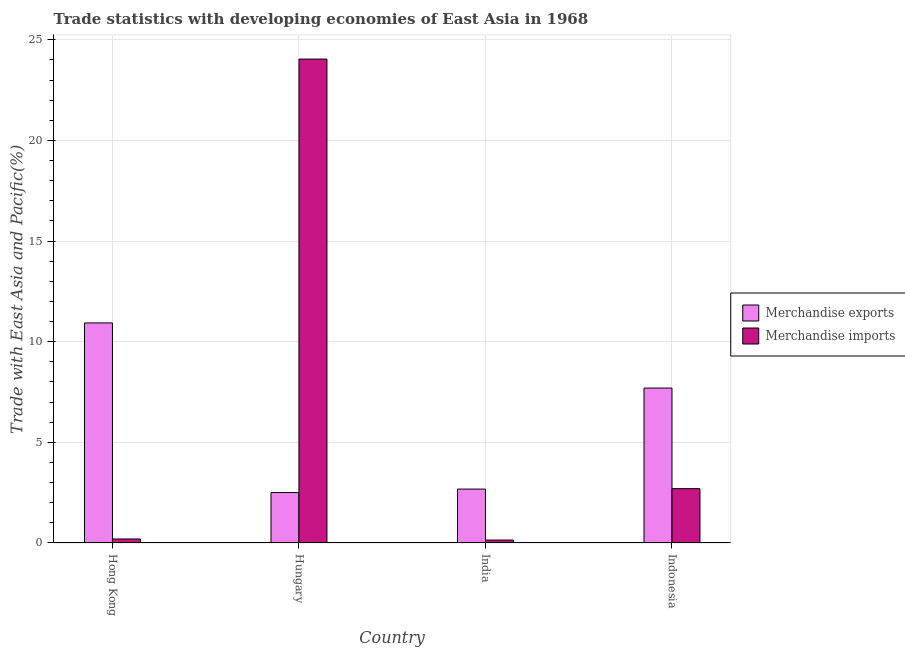
| Country | Merchandise exports | Merchandise imports |
 | --- | --- | --- |
 | Hong Kong | 10.9 | 0.2 |
 | Hungary | 2.51 | 24 |
 | India | 2.68 | 0.146 |
 | Indonesia | 7.7 | 2.7 |